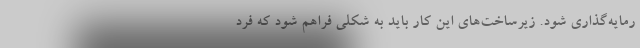
رمایه‌گذاری شود. زیرساخت‌های این کار باید به شکلی فراهم شود که فرد